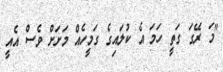
"މަ ރޭގަ ގަތީ ހަމަ އެ ކުލައިގެ ގަމީހެއް މަށަށް ވެސް އެއީ